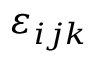
\varepsilon _ { i j k }